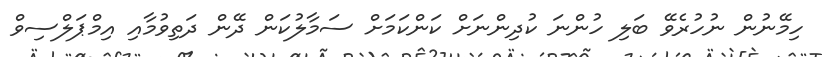
ހިމޭނުން ނުހުރެވޭ ބަލި ހުންނަ ކުދިންނަށް ކަންކަމަށް ސަމާލުކަން ދޭން ދަތިވުމާއި އިމްޕަލްސިވް